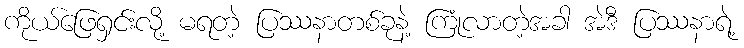
ကိုယ်ဖြေရှင်းလို့ မရတဲ့ ပြဿနာတစ်ခုနဲ့ ကြုံလာတဲ့အခါ အဲဒီ ပြဿနာရဲ့